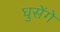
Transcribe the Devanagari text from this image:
घुसेंगे